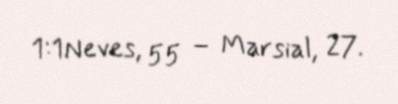
1:1Neves, 55 – Marsial, 27.